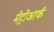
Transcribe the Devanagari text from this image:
मेट्रीआर्क